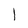
Character: 1